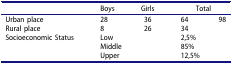
<table><thead><tr><td><b> </b></td><td><b>Boys</b></td><td><b>Girls</b></td><td colspan="2"><b>Total</b></td></tr></thead><tbody><tr><td>Urban place</td><td>28</td><td>36</td><td>64</td><td rowspan="2">98</td></tr><tr><td>Rural place</td><td>8</td><td>26</td><td>34</td></tr><tr><td rowspan="3">Socioeconomic Status</td><td colspan="2">Low</td><td colspan="2">2,5%</td></tr><tr><td colspan="2">Middle</td><td colspan="2">85%</td></tr><tr><td colspan="2">Upper</td><td colspan="2">12,5%</td></tr></tbody></table>